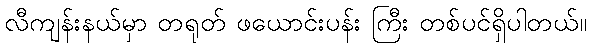
လီကျန်းနယ်မှာ တရုတ် ဖယောင်းပန်း ကြီး တစ်ပင်ရှိပါတယ်။